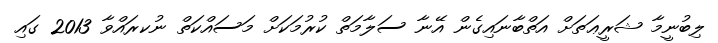
ލިބުނީމާ ޝަރީޢަތަށް އަތްބާނައިގެން އޭނާ ސަލާމަތް ކުރުމަކަށް މަސައްކަތް ނުކރައްވާ 2013 ގައި